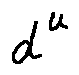
d ^ { u }